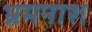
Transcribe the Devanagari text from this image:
भ्रमनाश